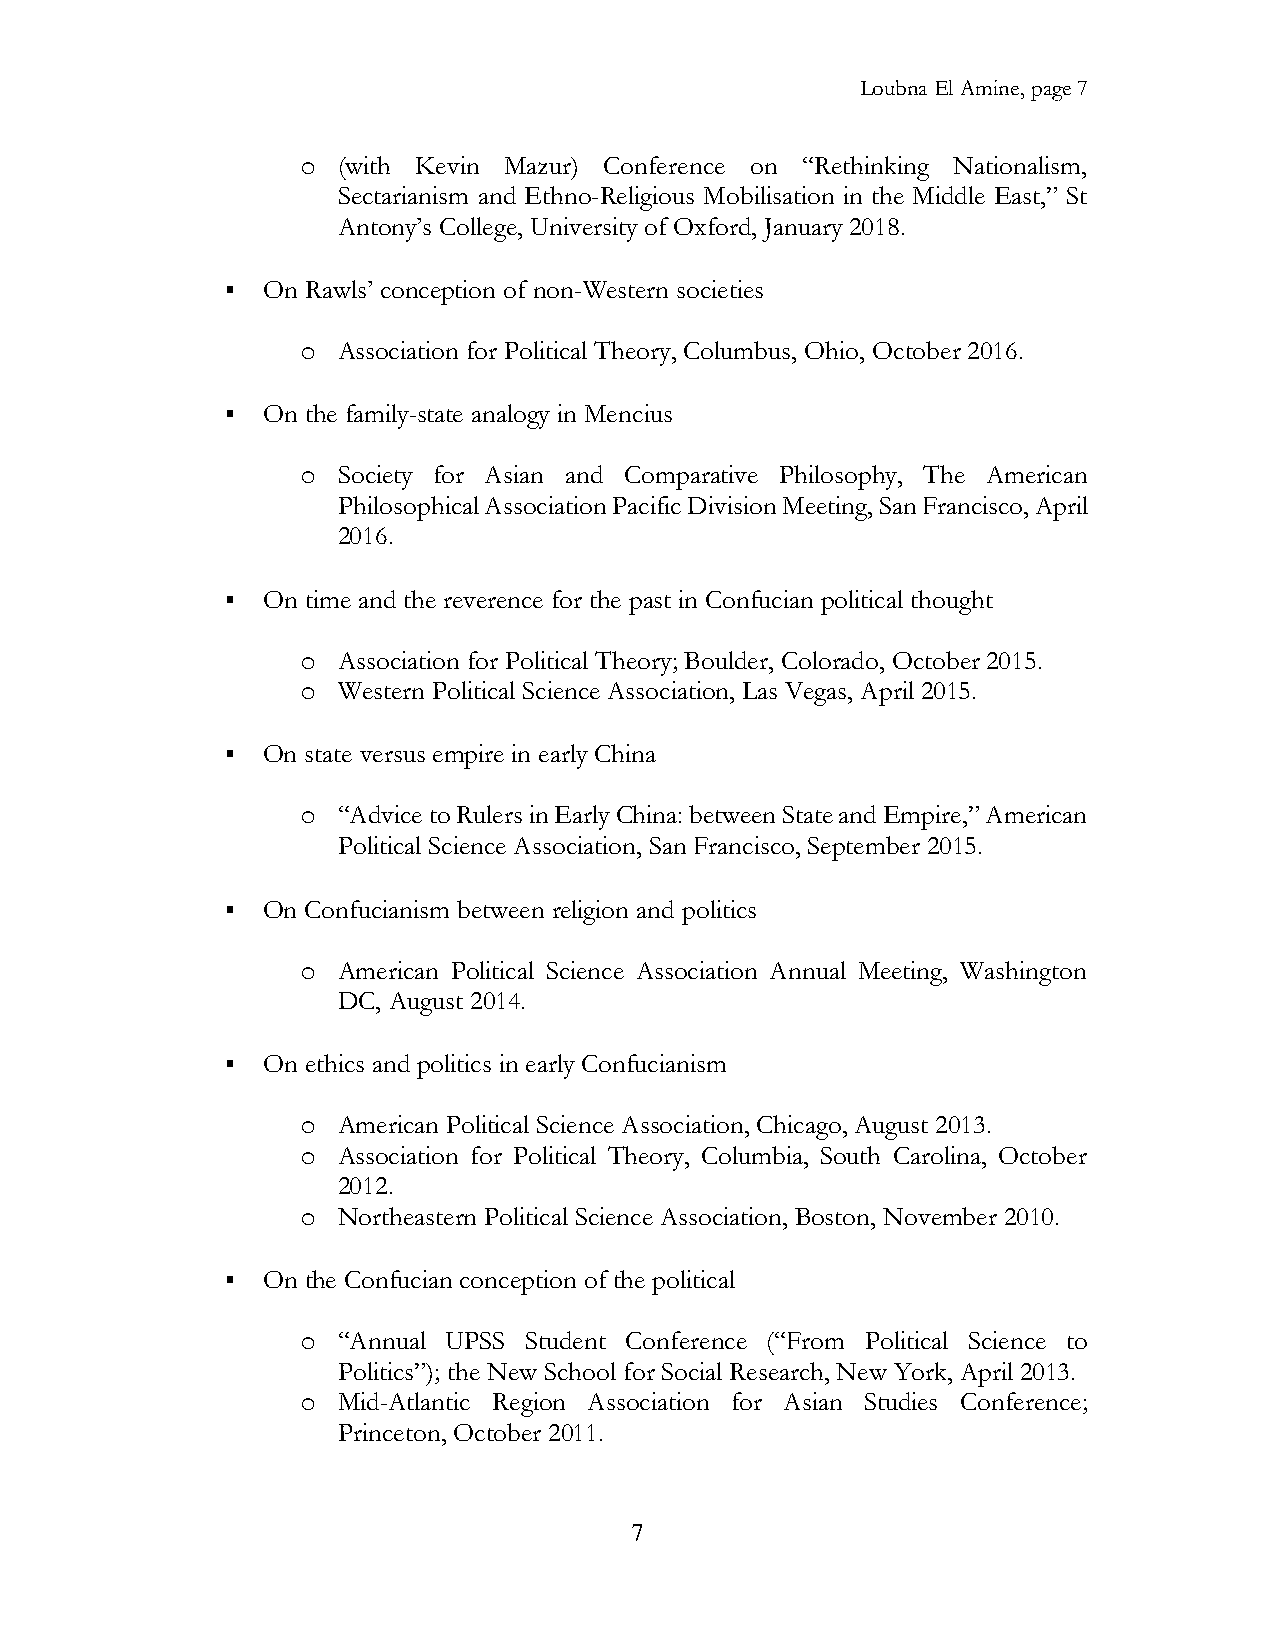
Loubna El Amine, page 7
 o (with Kevin Mazur) Conference on “Rethinking Nationalism,
 Sectarianism and Ethno-Religious Mobilisation in the Middle East,” St
 Antony’s College, University of Oxford, January 2018.
 ▪ On Rawls’ conception of non-Western societies
 o Association for Political Theory, Columbus, Ohio, October 2016.
 ▪ On the family-state analogy in Mencius
 o Society for Asian and Comparative Philosophy, The American
 Philosophical Association Pacific Division Meeting, San Francisco, April
 2016.
 ▪ On time and the reverence for the past in Confucian political thought
 o Association for Political Theory; Boulder, Colorado, October 2015.
 o Western Political Science Association, Las Vegas, April 2015.
 ▪ On state versus empire in early China
 o “Advice to Rulers in Early China: between State and Empire,” American
 Political Science Association, San Francisco, September 2015.
 ▪ On Confucianism between religion and politics
 o American Political Science Association Annual Meeting, Washington
 DC, August 2014.
 ▪ On ethics and politics in early Confucianism
 o American Political Science Association, Chicago, August 2013.
 o Association for Political Theory, Columbia, South Carolina, October
 2012.
 o Northeastern Political Science Association, Boston, November 2010.
 ▪ On the Confucian conception of the political
 o “Annual UPSS Student Conference (“From Political Science to
 Politics”); the New School for Social Research, New York, April 2013.
 o Mid-Atlantic Region Association for Asian Studies Conference;
 Princeton, October 2011.
 7